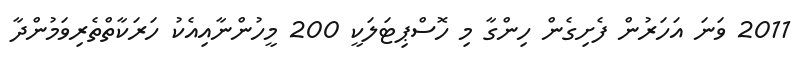
2011 ވަނަ އަހަރުން ފެށިގެން ހިންގާ މި ހޮސްޕިޓަލަކީ 200 މީހުންނާއިއެކު ހަރަކާތްތެރިވަމުންދާ